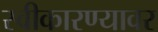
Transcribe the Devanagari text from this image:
स्वीकारण्यावर